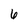
Character: 6